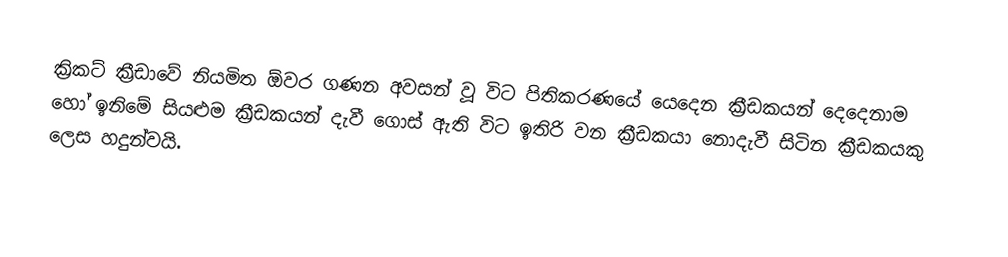
ක්‍රිකට් ක්‍රීඩාවේ නියමිත ඕවර ගණන අවසන් වූ විට පිතිකරණයේ යෙදෙන ක්‍රීඩකයන් දෙදෙනාම හෝ ඉනිමේ සියළුම ක්‍රීඩකයන් දැවී ගොස් ඇති විට ඉතිරි වන ක්‍රීඩකයා නොදැවී සිටින ක්‍රීඩකයකු ලෙස හදුන්වයි.